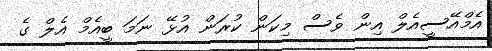
އެމްއޭސީއެލް އިން ވެސް މިކަން ކުރަން އުޅޭ ނަމަ ބީއެމް އެލް ގެ